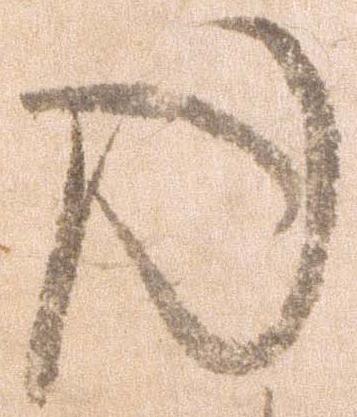
ゆ